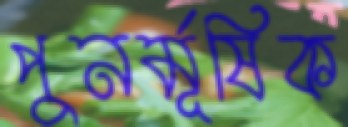
পুনর্মূষিক